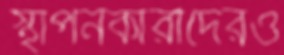
স্থাপনকারীদেরও